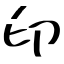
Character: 印